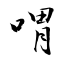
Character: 喟